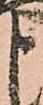
申